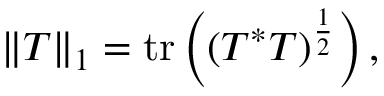
\| T \| _ { 1 } = \mathrm { t r } \left( ( T ^ { * } T ) ^ { \frac { 1 } { 2 } } \right) ,